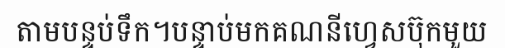
តាមបន្ទប់ទឹក។បន្ទាប់មកគណនីហ្វេសប៊ុកមួយ